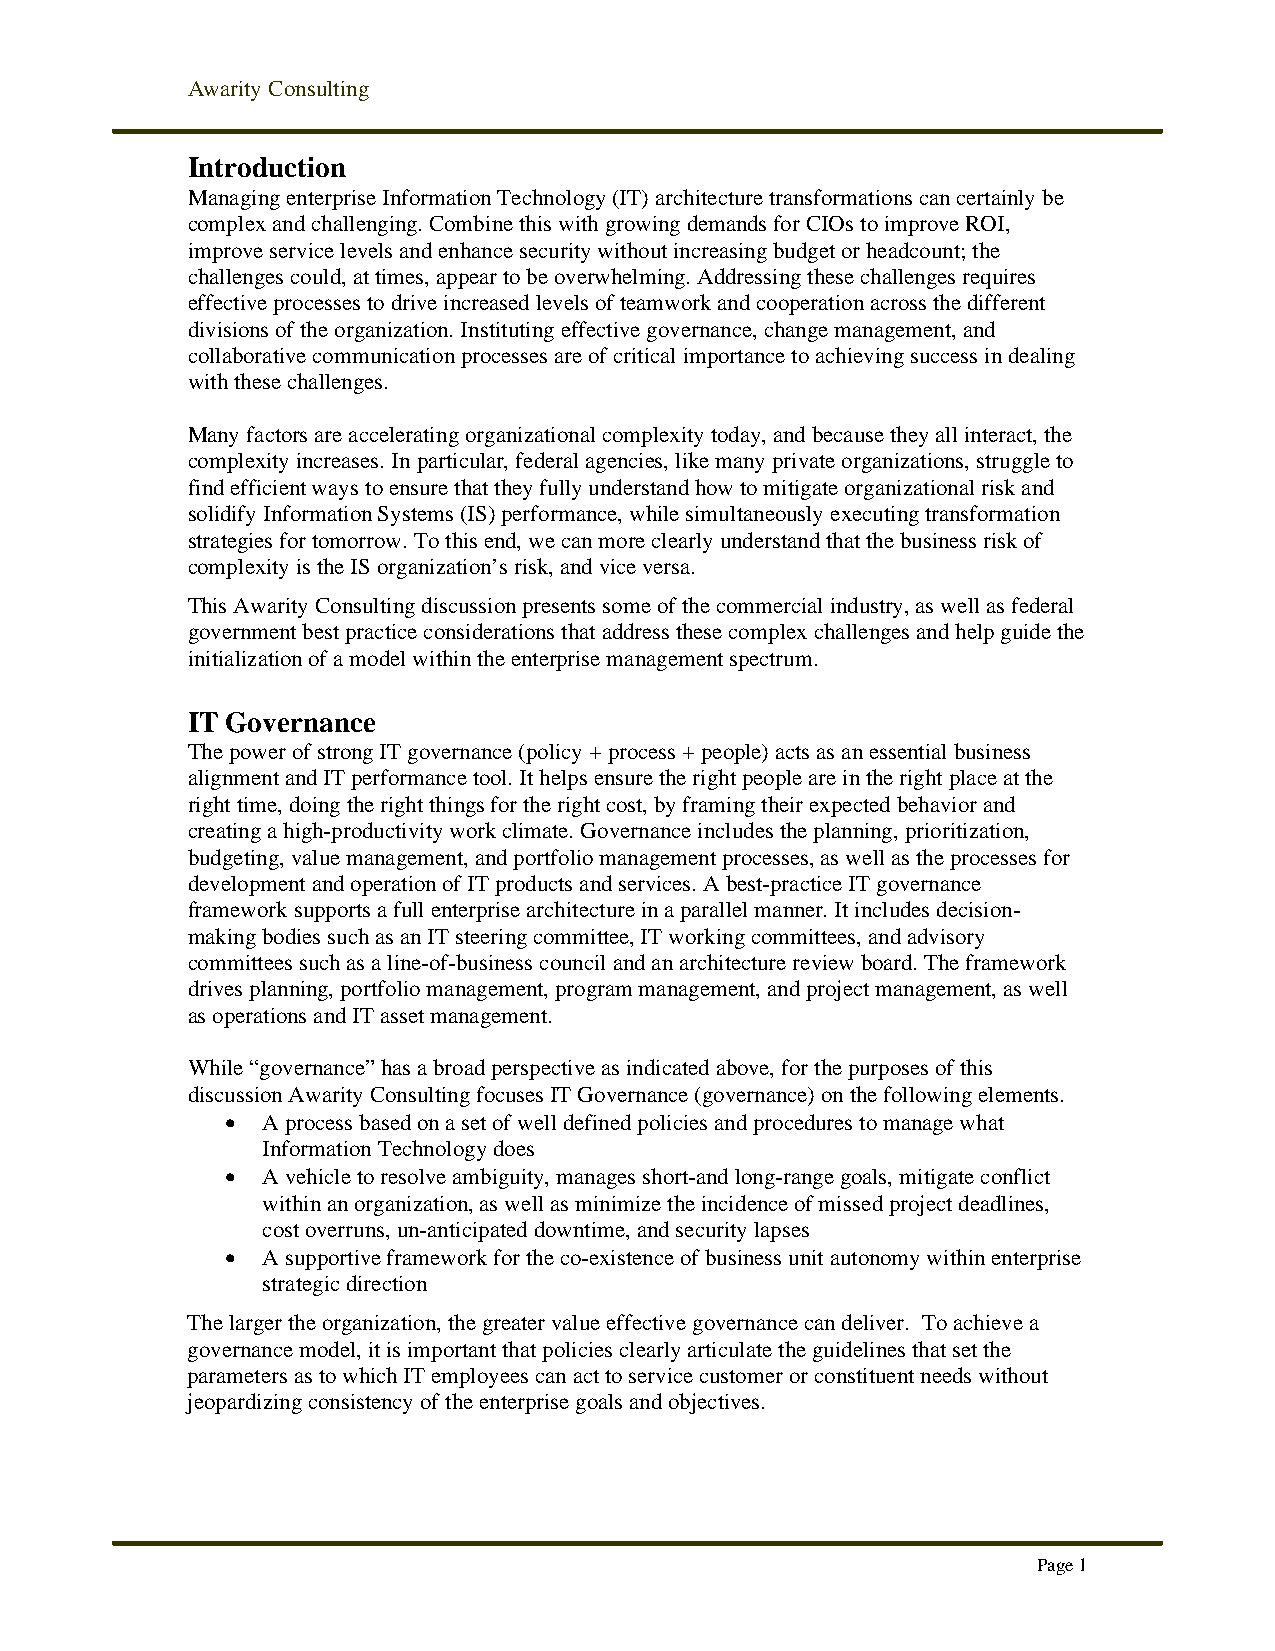
Awarity Consulting
 Introduction
 Managing enterprise Information Technology (IT) architecture transformations can certainly be
 complex and challenging. Combine this with growing demands for CIOs to improve ROI,
 improve service levels and enhance security without increasing budget or headcount; the
 challenges could, at times, appear to be overwhelming. Addressing these challenges requires
 effective processes to drive increased levels of teamwork and cooperation across the different
 divisions of the organization. Instituting effective governance, change management, and
 collaborative communication processes are of critical importance to achieving success in dealing
 with these challenges.
 Many factors are accelerating organizational complexity today, and because they all interact, the
 complexity increases. In particular, federal agencies, like many private organizations, struggle to
 find efficient ways to ensure that they fully understand how to mitigate organizational risk and
 solidify Information Systems (IS) performance, while simultaneously executing transformation
 strategies for tomorrow. To this end, we can more clearly understand that the business risk of
 complexity is the IS organization’s risk, and vice versa.
 This Awarity Consulting discussion presents some of the commercial industry, as well as federal
 government best practice considerations that address these complex challenges and help guide the
 initialization of a model within the enterprise management spectrum.
 IT Governance
 The power of strong IT governance (policy + process + people) acts as an essential business
 alignment and IT performance tool. It helps ensure the right people are in the right place at the
 right time, doing the right things for the right cost, by framing their expected behavior and
 creating a high-productivity work climate. Governance includes the planning, prioritization,
 budgeting, value management, and portfolio management processes, as well as the processes for
 development and operation of IT products and services. A best-practice IT governance
 framework supports a full enterprise architecture in a parallel manner. It includes decision-
 making bodies such as an IT steering committee, IT working committees, and advisory
 committees such as a line-of-business council and an architecture review board. The framework
 drives planning, portfolio management, program management, and project management, as well
 as operations and IT asset management.
 While “governance” has a broad perspective as indicated above, for the purposes of this
 discussion Awarity Consulting focuses IT Governance (governance) on the following elements.
 • A process based on a set of well defined policies and procedures to manage what
 Information Technology does
 • A vehicle to resolve ambiguity, manages short-and long-range goals, mitigate conflict
 within an organization, as well as minimize the incidence of missed project deadlines,
 cost overruns, un-anticipated downtime, and security lapses
 • A supportive framework for the co-existence of business unit autonomy within enterprise
 strategic direction
 The larger the organization, the greater value effective governance can deliver. To achieve a
 governance model, it is important that policies clearly articulate the guidelines that set the
 parameters as to which IT employees can act to service customer or constituent needs without
 jeopardizing consistency of the enterprise goals and objectives.
 Page 1